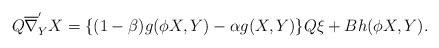
LaTeX: \begin{align*}Q \overline{\nabla}^{'}_{ Y} X=\{(1-\beta)g(\phi X,Y)-\alpha g(X, Y)\}Q \xi+Bh(\phi X,Y). \end{align*}